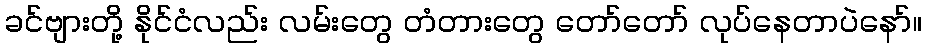
ခင်ဗျားတို့ နိုင်ငံလည်း လမ်းတွေ တံတားတွေ တော်တော် လုပ်နေတာပဲနော်။